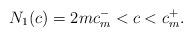
LaTeX: \begin{align*} N_1 ( c) = 2m c_m^- < c < c_m^+ .\end{align*}